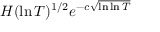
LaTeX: H ( \ln T ) ^ { 1 / 2 } e ^ { - c { \sqrt { \ln \ln T } } }